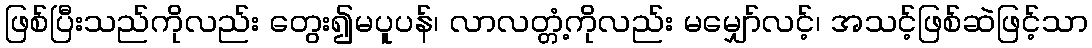
ဖြစ်ပြီးသည်ကိုလည်း တွေး၍မပူပန်၊ လာလတ္တံ့ကိုလည်း မမျှော်လင့်၊ အသင့်ဖြစ်ဆဲဖြင့်သာ